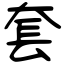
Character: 套